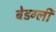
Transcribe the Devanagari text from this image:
बेडग्ली